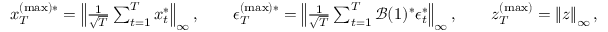
\begin{array} { r } { x _ { T } ^ { ( \operatorname* { m a x } ) * } = \left\lVert \frac { 1 } { \sqrt { T } } \sum _ { t = 1 } ^ { T } \boldsymbol { x } _ { t } ^ { * } \right\rVert _ { \infty } , \qquad \epsilon _ { T } ^ { ( \operatorname* { m a x } ) * } = \left\lVert \frac { 1 } { \sqrt { T } } \sum _ { t = 1 } ^ { T } \mathcal { B } ( 1 ) ^ { * } \boldsymbol { \epsilon } _ { t } ^ { * } \right\rVert _ { \infty } , \qquad z _ { T } ^ { ( \operatorname* { m a x } ) } = \left\lVert \boldsymbol { z } \right\rVert _ { \infty } , } \end{array}